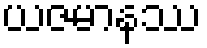
ယဇမာနဿ